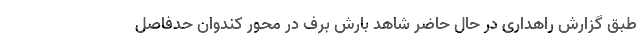
طبق گزارش راهداری در حال حاضر شاهد بارش برف در محور کندوان حدفاصل